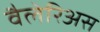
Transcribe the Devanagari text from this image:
वैलेरिअस